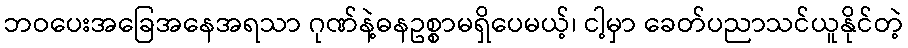
ဘဝပေးအခြေအနေအရသာ ဂုဏ်နဲ့ဓနဥစ္စာမရှိပေမယ့်၊ ငါ့မှာ ခေတ်ပညာသင်ယူနိုင်တဲ့